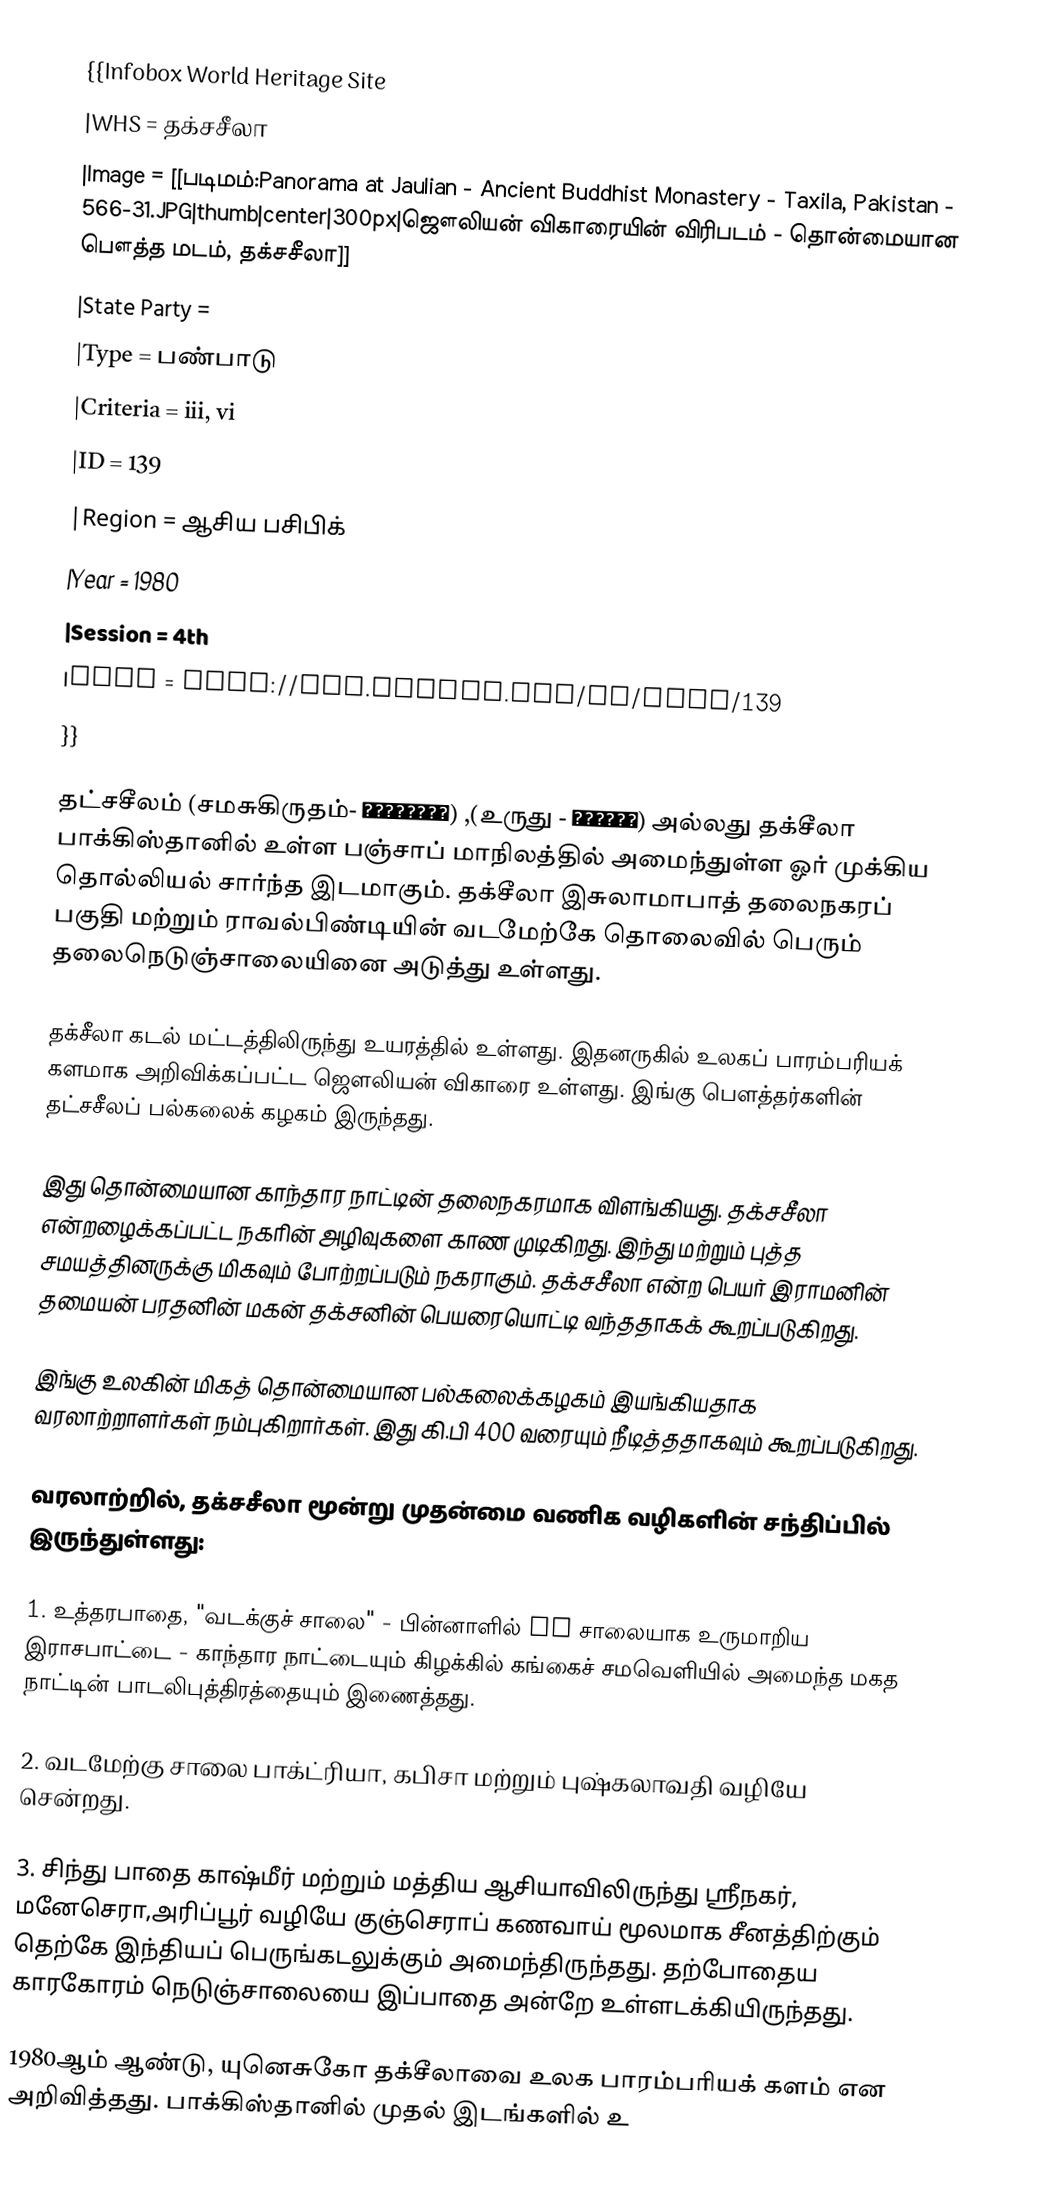
{{Infobox World Heritage Site
|WHS         =  தக்சசீலா
|Image       = [[படிமம்:Panorama at Jaulian - Ancient  Buddhist Monastery -  Taxila, Pakistan -  566-31.JPG|thumb|center|300px|ஜௌலியன் விகாரையின்  விரிபடம்  - தொன்மையான பௌத்த மடம், தக்சசீலா]]
|State Party =
|Type        =  பண்பாடு
|Criteria    = iii, vi
|ID          =  139
|Region       = ஆசிய பசிபிக்
|Year        =  1980
|Session      = 4th
|Link        = http://whc.unesco.org/en/list/139
}}

தட்சசீலம் (சமசுகிருதம்- तक्षशिला) ,(உருது - ٹیکسلا)  அல்லது தக்சீலா பாக்கிஸ்தானில் உள்ள பஞ்சாப் மாநிலத்தில் அமைந்துள்ள ஓர் முக்கிய தொல்லியல் சார்ந்த இடமாகும். தக்சீலா இசுலாமாபாத் தலைநகரப் பகுதி மற்றும் ராவல்பிண்டியின் வடமேற்கே  தொலைவில் பெரும் தலைநெடுஞ்சாலையினை அடுத்து உள்ளது.

தக்சீலா கடல் மட்டத்திலிருந்து  உயரத்தில் உள்ளது. இதனருகில் உலகப் பாரம்பரியக் களமாக அறிவிக்கப்பட்ட ஜௌலியன் விகாரை உள்ளது. இங்கு பௌத்தர்களின்  தட்சசீலப் பல்கலைக் கழகம் இருந்தது.

இது தொன்மையான காந்தார நாட்டின் தலைநகரமாக விளங்கியது. தக்சசீலா என்றழைக்கப்பட்ட நகரின் அழிவுகளை காண முடிகிறது. இந்து மற்றும் புத்த சமயத்தினருக்கு மிகவும் போற்றப்படும் நகராகும். தக்சசீலா என்ற பெயர் இராமனின் தமையன் பரதனின் மகன் தக்சனின் பெயரையொட்டி வந்ததாகக் கூறப்படுகிறது.

இங்கு உலகின் மிகத் தொன்மையான பல்கலைக்கழகம் இயங்கியதாக வரலாற்றாளர்கள் நம்புகிறார்கள். இது கி.பி 400 வரையும் நீடித்ததாகவும் கூறப்படுகிறது.

வரலாற்றில்,  தக்சசீலா மூன்று முதன்மை வணிக வழிகளின் சந்திப்பில் இருந்துள்ளது:

1. உத்தரபாதை,  "வடக்குச் சாலை"  - பின்னாளில் GT சாலையாக உருமாறிய இராசபாட்டை - காந்தார நாட்டையும் கிழக்கில் கங்கைச் சமவெளியில் அமைந்த மகத நாட்டின் பாடலிபுத்திரத்தையும் இணைத்தது.

2.  வடமேற்கு சாலை பாக்ட்ரியா, கபிசா மற்றும் புஷ்கலாவதி வழியே சென்றது.

3. சிந்து பாதை காஷ்மீர் மற்றும் மத்திய ஆசியாவிலிருந்து ஸ்ரீநகர், மனேசெரா,அரிப்பூர் வழியே குஞ்செராப் கணவாய் மூலமாக சீனத்திற்கும் தெற்கே இந்தியப் பெருங்கடலுக்கும்  அமைந்திருந்தது. தற்போதைய காரகோரம் நெடுஞ்சாலையை இப்பாதை அன்றே உள்ளடக்கியிருந்தது.

1980ஆம் ஆண்டு, யுனெசுகோ  தக்சீலாவை உலக பாரம்பரியக் களம் என அறிவித்தது.  பாக்கிஸ்தானில் முதல் இடங்களில் உ